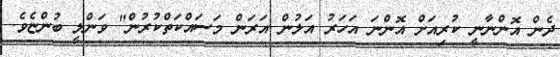
ދެން އޮންނާނީ ކުރިއަށް އޮންނަ އަހަރު އަލުން އަރަން މަސައްކަތްކުރުން" ވަންލީ ބުންޏެވެ.